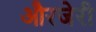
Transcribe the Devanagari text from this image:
औरजेरी